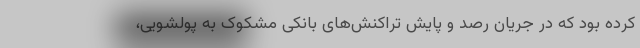
کرده بود که در جریان رصد و پایش تراکنش‌های بانکی مشکوک به پولشویی،